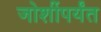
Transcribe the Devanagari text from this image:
जोशींपर्यंत